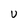
Character: U